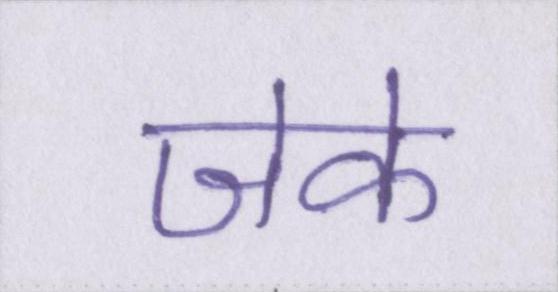
जेके